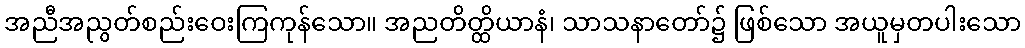
အညီအညွတ်စည်းဝေးကြကုန်သော။ အညတိတ္ထိယာနံ၊ သာသနာတော်၌ ဖြစ်သော အယူမှတပါးသော